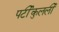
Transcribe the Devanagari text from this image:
पर्टीकुलर्ली